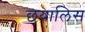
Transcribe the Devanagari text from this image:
छयालिस